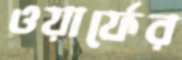
ওয়ার্ফের